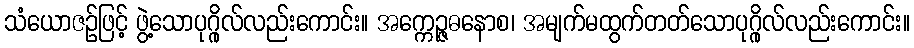
သံယောဇဉ်ဖြင့် ဖွဲ့သောပုဂ္ဂိုလ်လည်းကောင်း။ အက္ကေဉ္ဇဓနောစ၊ အမျက်မထွက်တတ်သောပုဂ္ဂိုလ်လည်းကောင်း။